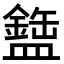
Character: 𬐹